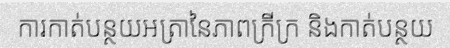
ការកាត់បន្ថយអត្រានៃភាពក្រីក្រ និងកាត់បន្ថយ